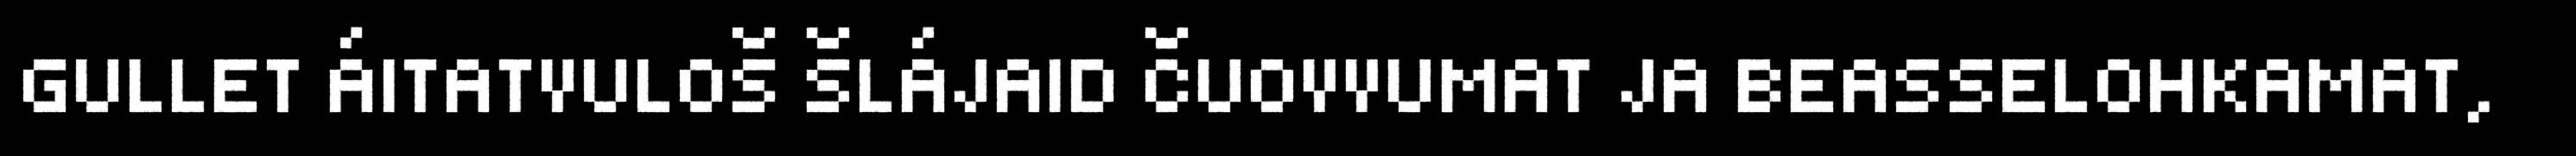
GULLET ÁITATVULOŠ ŠLÁJAID ČUOVVUMAT JA BEASSELOHKAMAT,